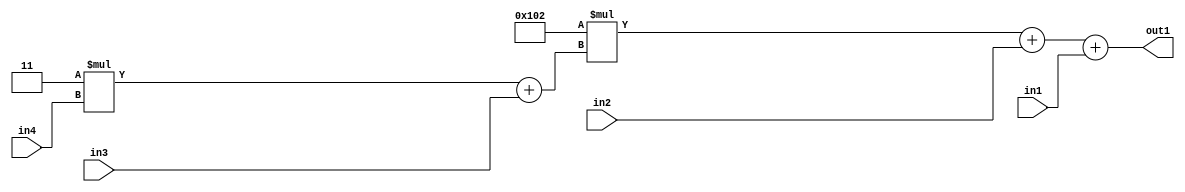
`timescale 1ps / 1ps
/*****************************************************************************
    Verilog RTL Description
    
    
    Created by: Stratus DpOpt 2019.1.01 
*******************************************************************************/

module DC_Filter_Add3u8u2Mul2i258Add2u2Mul2i3u2_4 (
	in4,
	in3,
	in2,
	in1,
	out1
	); /* architecture "behavioural" */ 
input [1:0] in4,
	in3,
	in2;
input [7:0] in1;
output [11:0] out1;
wire [11:0] asc001;
wire [3:0] asc002;

wire [3:0] asc002_tmp_0;
assign asc002_tmp_0 = 
	+(4'B0011 * in4);
assign asc002 = asc002_tmp_0
	+(in3);

wire [11:0] asc001_tmp_1;
wire [11:0] asc001_tmp_2;
assign asc001_tmp_2 = 
	+(12'B000100000010 * asc002);
assign asc001_tmp_1 = asc001_tmp_2
	+(in2);
assign asc001 = asc001_tmp_1
	+(in1);

assign out1 = asc001;
endmodule

/* CADENCE  vrP1TQ8= : u9/ySgnWtBlWxVPRXgAZ4Og= ** DO NOT EDIT THIS LINE ******/